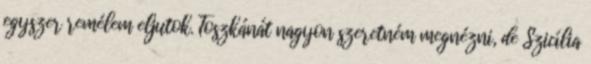
egyszer remélem eljutok. Toszkánát nagyon szeretném megnézni, de Szicília